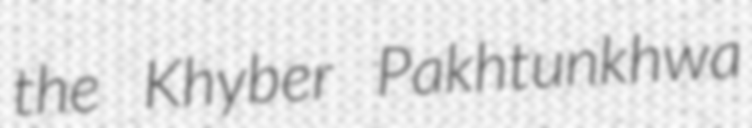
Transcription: the Khyber Pakhtunkhwa